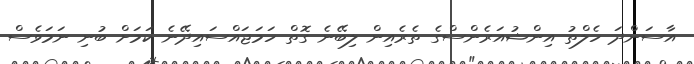
އާސަންދަ ހެލްތު އިންޝުއަރެންސްގެ ތެރެއިން ލިބޭނެ ގޮތް ހަމަޖައްސައިދޭނެ ކަމަށް ބުނި ނަމަވެސް